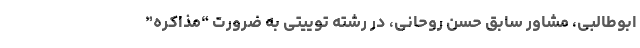
ابوطالبی، مشاور سابق حسن روحانی، در رشته توییتی به ضرورت “مذاکره”